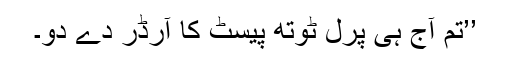
’’تم آج ہی پرل ٹوتھ پیسٹ کا آرڈر دے دو۔